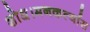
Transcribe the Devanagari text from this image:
शोध।मनकर्त्यास